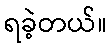
ရခဲ့တယ်။